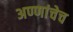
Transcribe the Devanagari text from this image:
अण्णांचेच